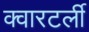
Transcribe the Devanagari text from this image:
क्वारटर्ली